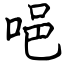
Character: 唈